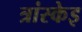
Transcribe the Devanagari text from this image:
त्रांस्केइ